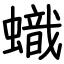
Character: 蟙